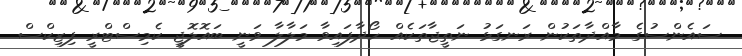
ސައެންސުގެ މާއްދާތަކުން ރަނގަޅު ނަތީޖާތަކެއް ހޯދާފައިވާ މަލާލާ ވަނީ ބައޮލޮޖީ ކެމިސްޓްރީ ފިޒިކްސް